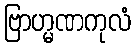
ဗြာဟ္မဏကုလံ